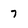
Character: 7